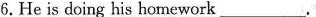
6.He is doing his homework ___.